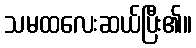
သမထလေးဆယ်ပြီး၏။